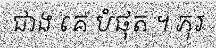
ជាង គេ បំផុត ។ ភុរ